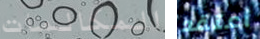
المكالمات أعتقد